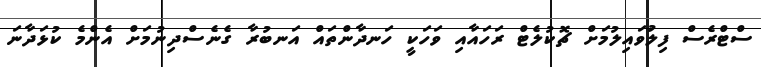
ސްޓްރެސް ފިލުވައިލުމަށް ޗޮކުލެޓް ރަހައާއި ވަހަކީ ހަނދާންތައް އަނބުރާ ގެނެސްދިނުމަށް އެންމެ ކުޅަދާނަ